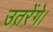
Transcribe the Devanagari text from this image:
उतरेंगे।